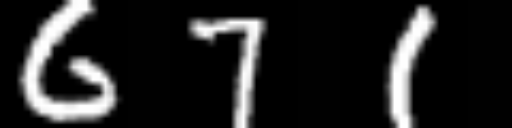
Text: 671